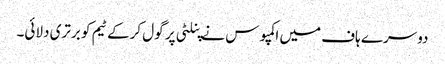
دوسرے ہاف میں اکمپوس نے پنلٹی پر گول کرکے ٹیم کو برتری دلائی۔